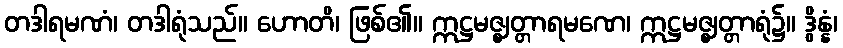
တဒါရမဏံ၊ တဒါရုံသည်။ ဟောတိ၊ ဖြစ်၏။ ဣဋ္ဌမဇ္ဈတ္တာရမဏေ၊ ဣဋ္ဌမဇ္ဈတ္တာရုံ၌။ ဒွိန္နံ၊